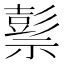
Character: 𥛱